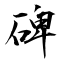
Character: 碑